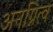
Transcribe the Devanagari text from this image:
अनग्नित्व